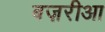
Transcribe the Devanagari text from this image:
बज़रीआ